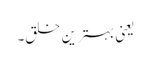
یعنی بہترین خلق۔